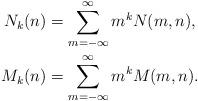
LaTeX: \begin{align*}N_k(n) &= \sum_{m=-\infty}^\infty m^k N(m,n),\\M_k(n) &= \sum_{m=-\infty}^\infty m^k M(m,n).\end{align*}